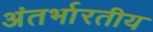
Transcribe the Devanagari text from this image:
अंतर्भारतीय